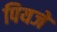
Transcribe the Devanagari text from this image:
पियजे